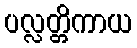
ပလ္လတ္တိကာယ